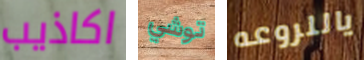
اكاذيب توشي ياللروعه